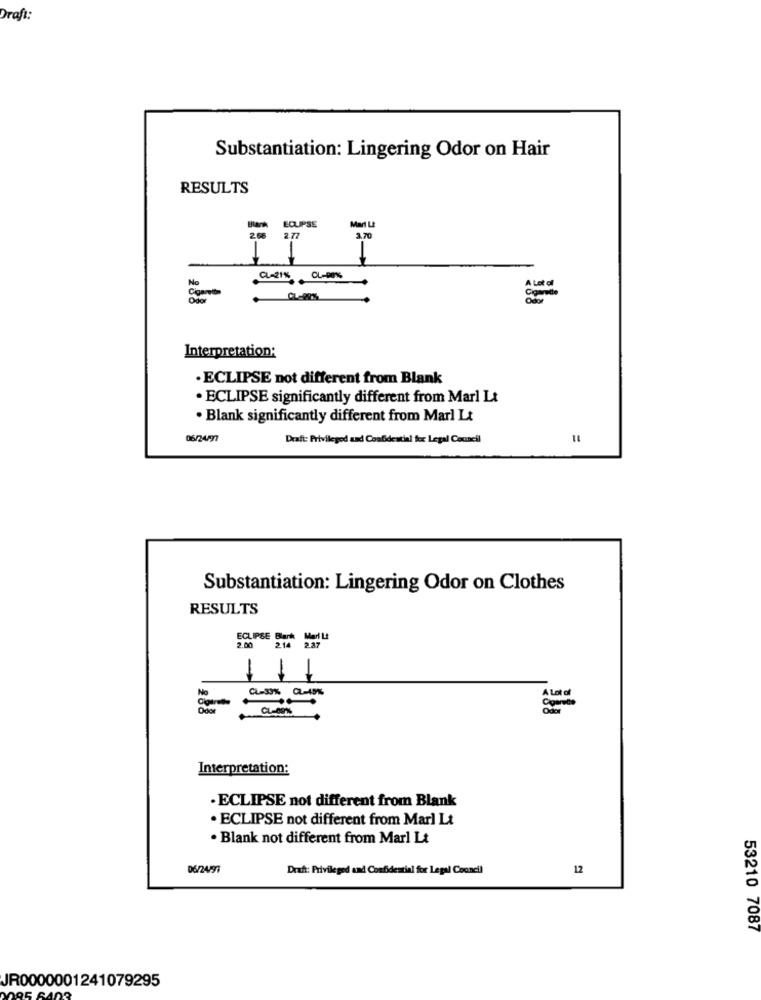
Draft:
Substantiation: Lingering Odor on Hair
RESULTS
ECLIPSE
Blank
Mal LE
2.7
3,70
1
No
Cigarette
A Lot of
Interpretation:
· ECLIPSE not different from Blank
· ECLIPSE significantly different from Marl Lt
· Blank significantly different from Marl Lt
06/24/97
Draft: Privileged and Confidential for Legal Council
Substantiation: Lingering Odor on Clothes
RESULTS
ECLIPSE Bok MAL
2.00
1
No
Clos
A Lot of
Interpretation:
· ECLIPSE not different from Blank
· ECLIPSE not different from Marl Lt
· Blank not different from Marl Lt
06/24797
Draft: Privileged and Confidential for Legal Council
12
53210 7087
JR0000001241079295